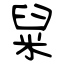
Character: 䊆